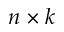
n \times k